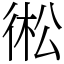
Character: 𢔋